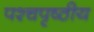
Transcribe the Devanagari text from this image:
पश्चपृष्ठीय